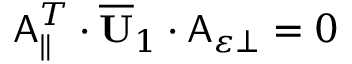
\begin{array} { r } { \mathsf { A } _ { \parallel } ^ { T } \cdot \overline { { \mathbf { U } } } _ { 1 } \cdot \mathsf { A } _ { \varepsilon \perp } = 0 } \end{array}